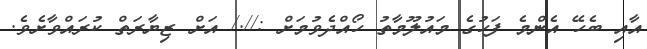
އާއި ބެހޭ އެންމެ ފަހުގެ މައުލޫމާތު ހޯއްދެވުމަށް ://./ އަށް ޒިޔާރަތް ކުރައްވާށެވެ.